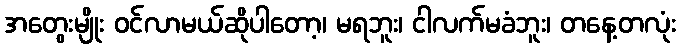
အတွေးမျိုး ဝင်လာမယ်ဆိုပါတော့၊ မရဘူး၊ ငါလက်မခံဘူး၊ တနေ့တလုံး